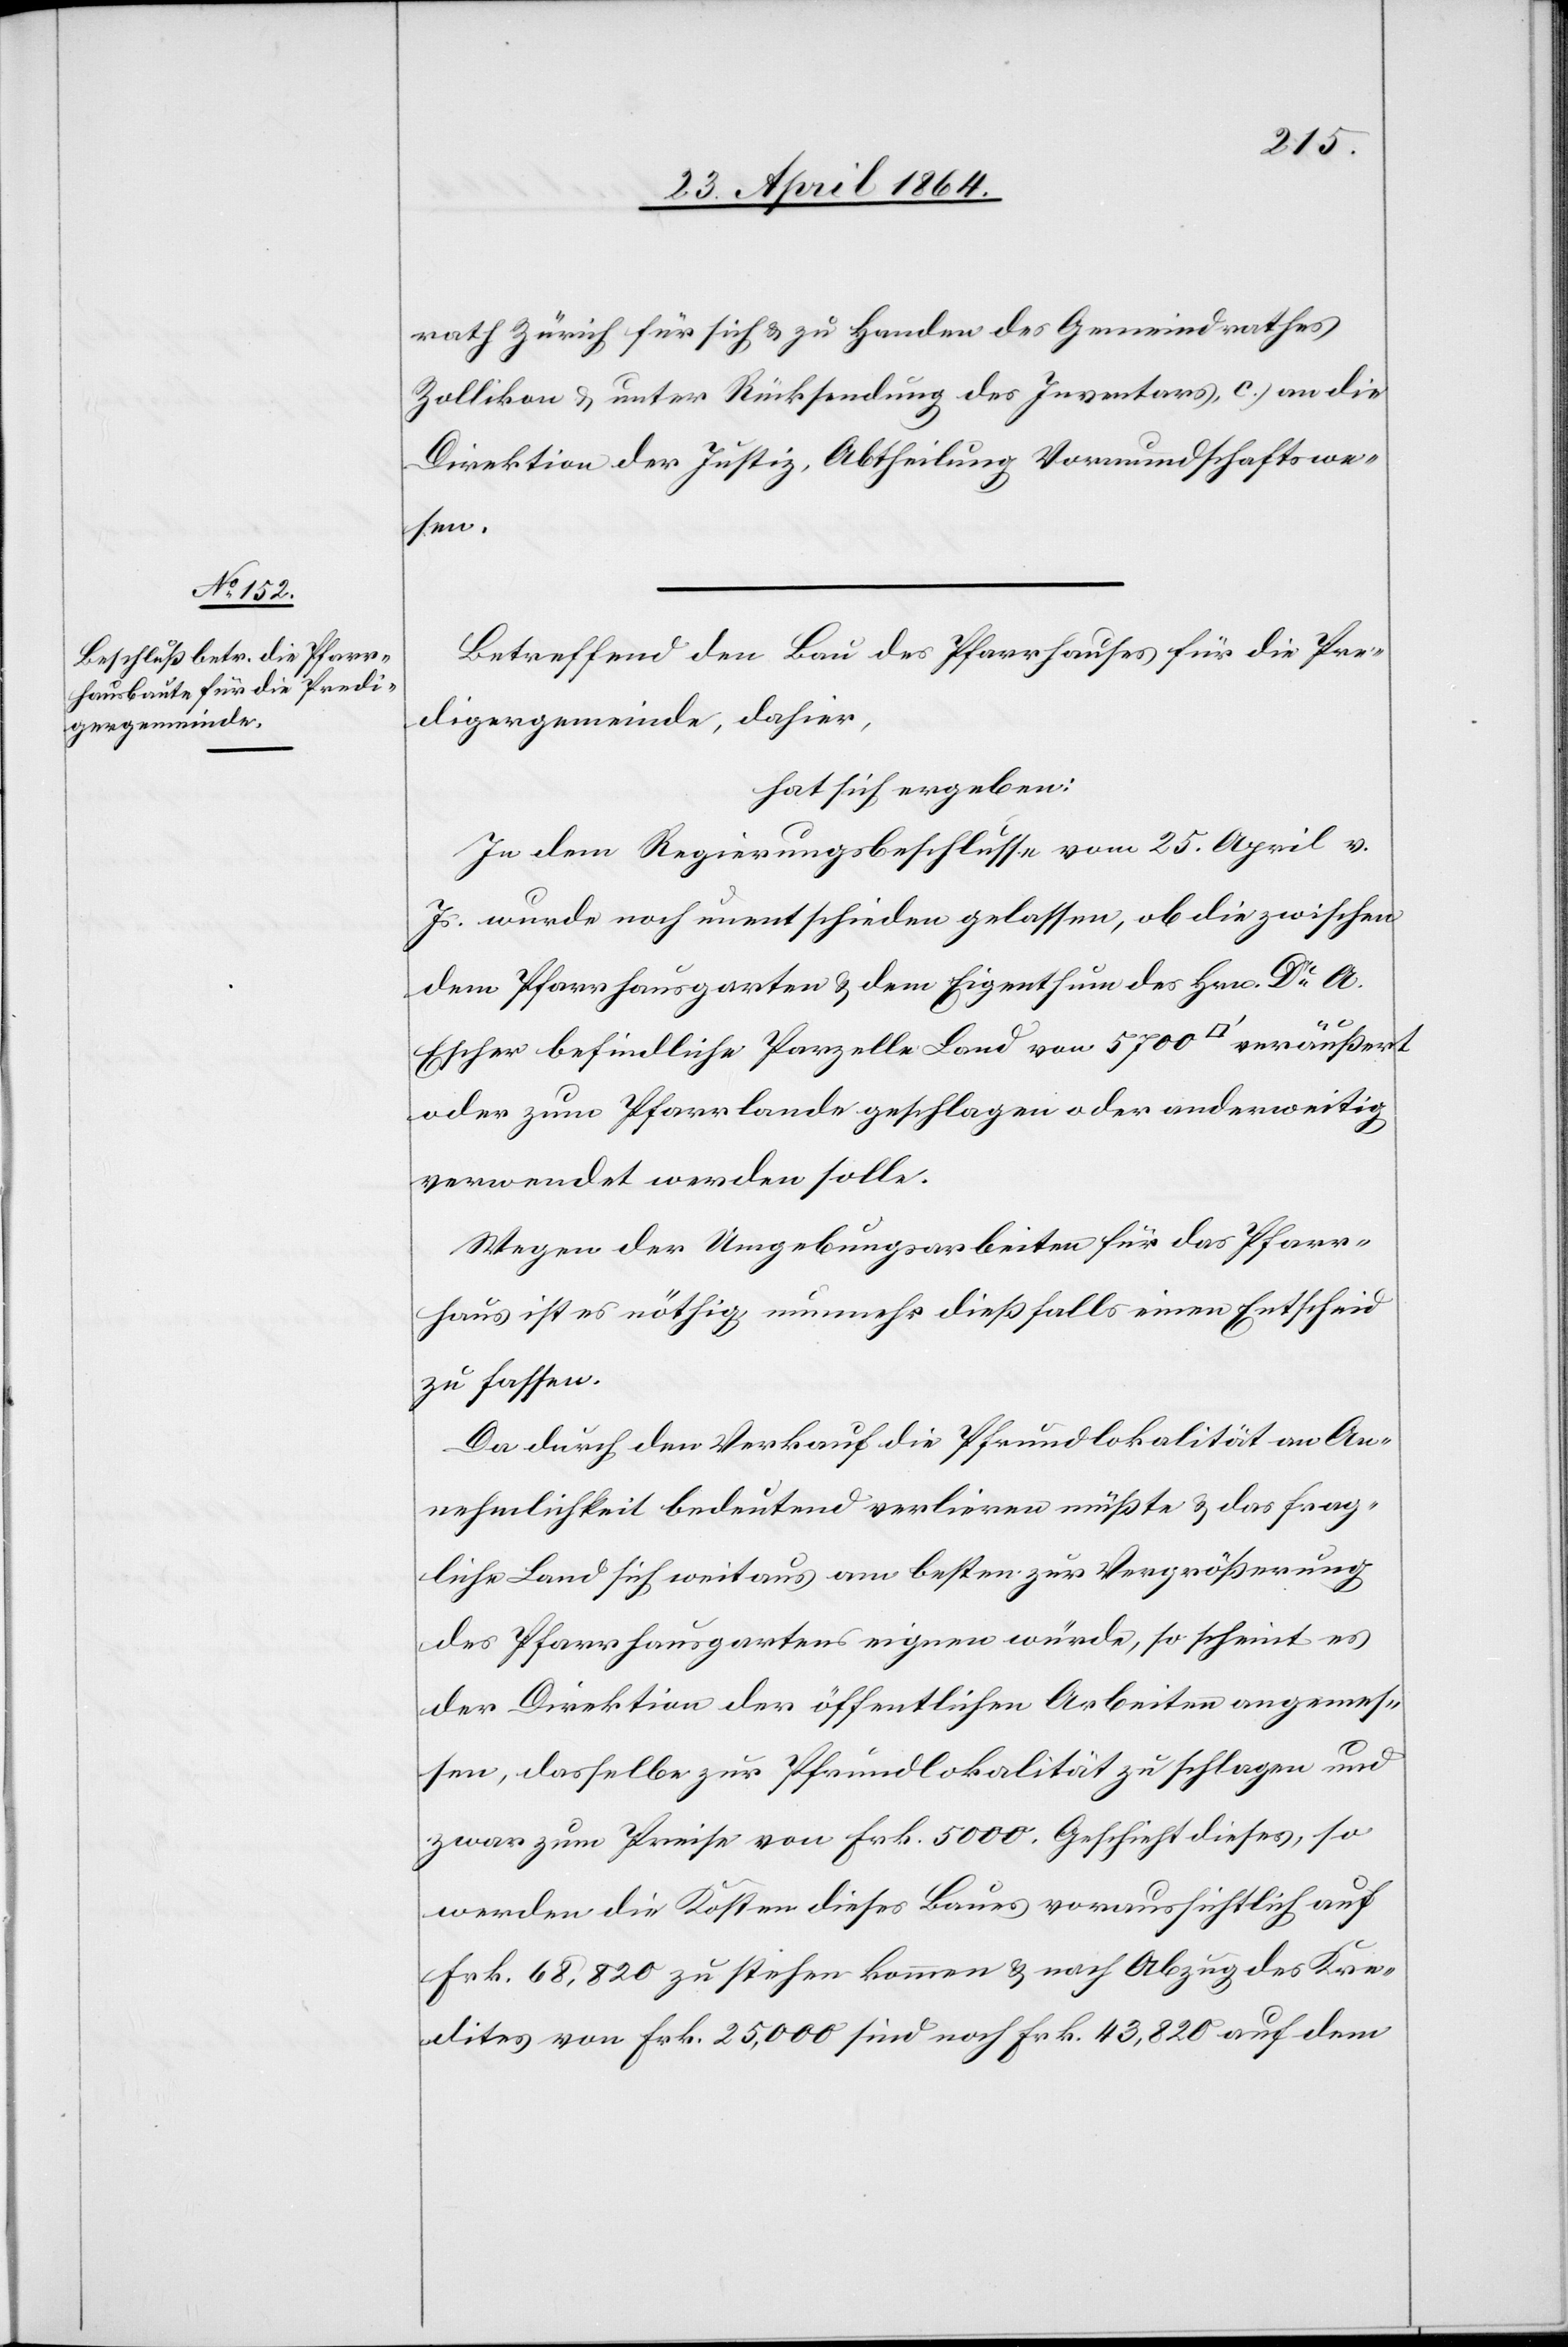
rath Zürich für sich u. zu Handen des Gemeindrathes
Zollikon u. unter Rücksendung des Inventars, c.) an die
Direktion der Justiz, Abtheilung Vormundschaftswe¬
sen.
Betreffend den Bau des Pfarrhauses für die Pre¬
digergemeinde, dahier,
hat sich ergeben:
In dem Regierungsbeschlusse vom 25. April v.
Js. wurde noch unentschieden gelassen, ob die zwischen
dem Pfarrhausgarten u. dem Eigenthum des Hrn. Dr A.
Escher befindliche Parzelle Land von 5700 [Quadratfuss]
oder zum Pfarrlande geschlagen oder anderweitig
verwendet werden solle.
Wegen der Umgebungsarbeiten für das Pfarr¬
haus ist es nöthig, nunmehr dießfalls einen Entscheid
zu fassen.
Da durch den Verkauf die Pfrundlokalität an An¬
nehmlichkeit bedeutend verlieren müßte u. das frag¬
liche Land sich weitaus am besten zur Vergrößerung
des Pfarrhausgartens eignen würde, so scheint es
der Direktion der öffentlichen Arbeiten angemes¬
sen, dasselbe zur Pfrundlokalität zu schlagen und
zwar zum Preise von Frk. 500. Geschieht dieses, so
werden die Kosten dieses Baues voraussichtlich auf
Frk. 68,820 zu stehen kommen u. nach Abzug des Kre¬
dites von Frk. 25,000 sind noch Frk. 43,820 auf dem